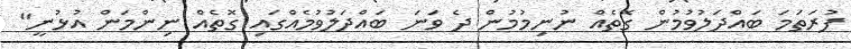
ފުރަތަމަ ބައްދަލުވުމުން ގޮތެއް ނުނިމުމުން ދެ ވަނަ ބައްދަލުވުމެއްގައި ގޮތެއް ނިންމަން އުޅުނީ"